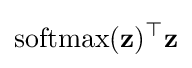
\operatorname {softmax} (\mathbf {z} )^{\top }\mathbf {z}